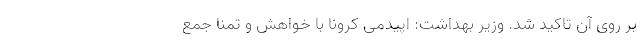
بر روی آن تاکید شد. وزیر بهداشت: اپیدمی کرونا با خواهش و تمنا جمع